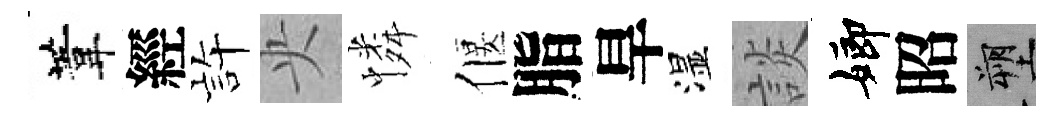
葦經静央憐偃脂旱湿談嫏昭塑